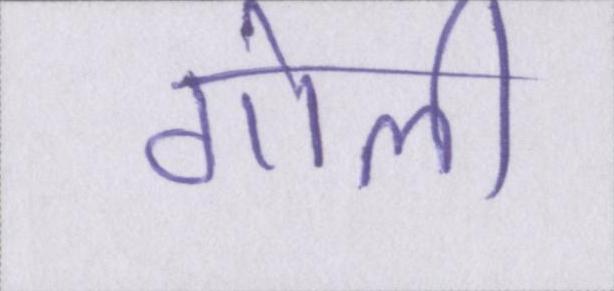
गोली